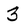
Character: 3